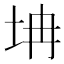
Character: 㘱